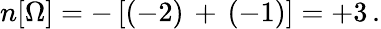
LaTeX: n[\Omega]=-\left[(-2)\, +\, (-1)\right]=+3\, .